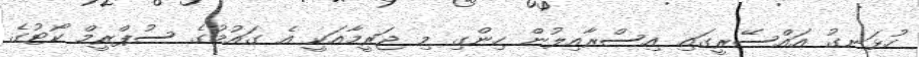
ހުޅަނގު އައްސޭރީގައި އިސްރާއިލުން ހިންގި މި ޖަރީމާއަކީ އެ ގައުމުގެ ސުޕްރީމް ކޯޓުގެ